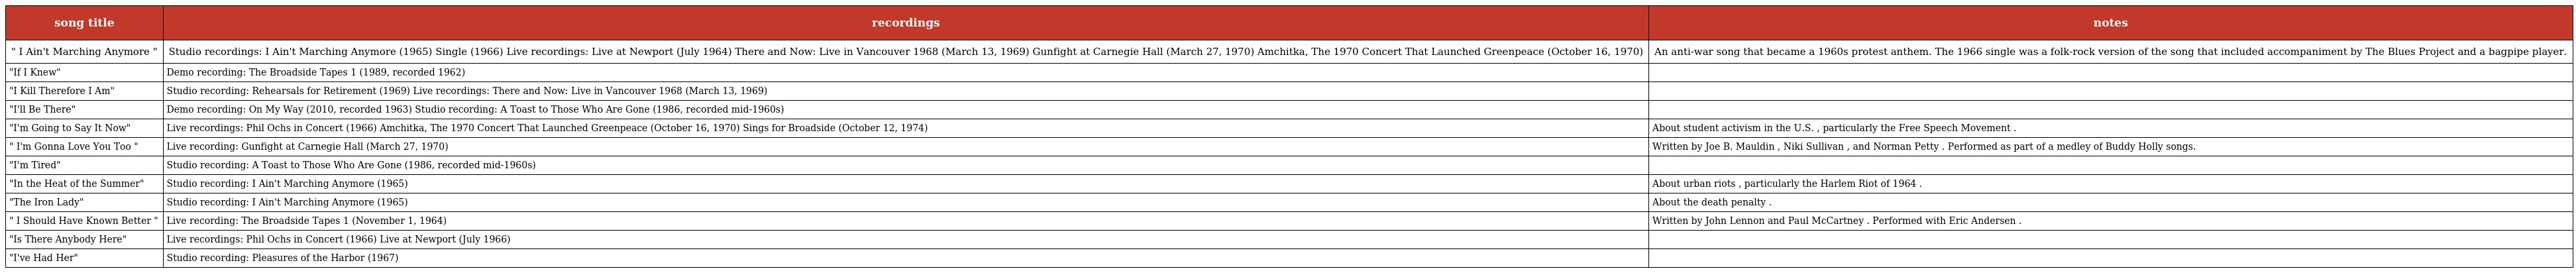
| song title | recordings | notes |
 | --- | --- | --- |
 | " I Ain't Marching Anymore " | Studio recordings: I Ain't Marching Anymore (1965) Single (1966) Live recordings: Live at Newport (July 1964) There and Now: Live in Vancouver 1968 (March 13, 1969) Gunfight at Carnegie Hall (March 27, 1970) Amchitka, The 1970 Concert That Launched Greenpeace (October 16, 1970) | An anti-war song that became a 1960s protest anthem. The 1966 single was a folk-rock version of the song that included accompaniment by The Blues Project and a bagpipe player. |
 | "If I Knew" | Demo recording: The Broadside Tapes 1 (1989, recorded 1962) |  |
 | "I Kill Therefore I Am" | Studio recording: Rehearsals for Retirement (1969) Live recordings: There and Now: Live in Vancouver 1968 (March 13, 1969) |  |
 | "I'll Be There" | Demo recording: On My Way (2010, recorded 1963) Studio recording: A Toast to Those Who Are Gone (1986, recorded mid-1960s) |  |
 | "I'm Going to Say It Now" | Live recordings: Phil Ochs in Concert (1966) Amchitka, The 1970 Concert That Launched Greenpeace (October 16, 1970) Sings for Broadside (October 12, 1974) | About student activism in the U.S. , particularly the Free Speech Movement . |
 | " I'm Gonna Love You Too " | Live recording: Gunfight at Carnegie Hall (March 27, 1970) | Written by Joe B. Mauldin , Niki Sullivan , and Norman Petty . Performed as part of a medley of Buddy Holly songs. |
 | "I'm Tired" | Studio recording: A Toast to Those Who Are Gone (1986, recorded mid-1960s) |  |
 | "In the Heat of the Summer" | Studio recording: I Ain't Marching Anymore (1965) | About urban riots , particularly the Harlem Riot of 1964 . |
 | "The Iron Lady" | Studio recording: I Ain't Marching Anymore (1965) | About the death penalty . |
 | " I Should Have Known Better " | Live recording: The Broadside Tapes 1 (November 1, 1964) | Written by John Lennon and Paul McCartney . Performed with Eric Andersen . |
 | "Is There Anybody Here" | Live recordings: Phil Ochs in Concert (1966) Live at Newport (July 1966) |  |
 | "I've Had Her" | Studio recording: Pleasures of the Harbor (1967) |  |